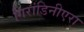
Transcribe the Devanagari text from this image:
गिरांडिनीएरा